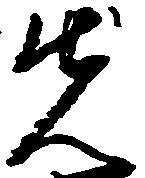
先